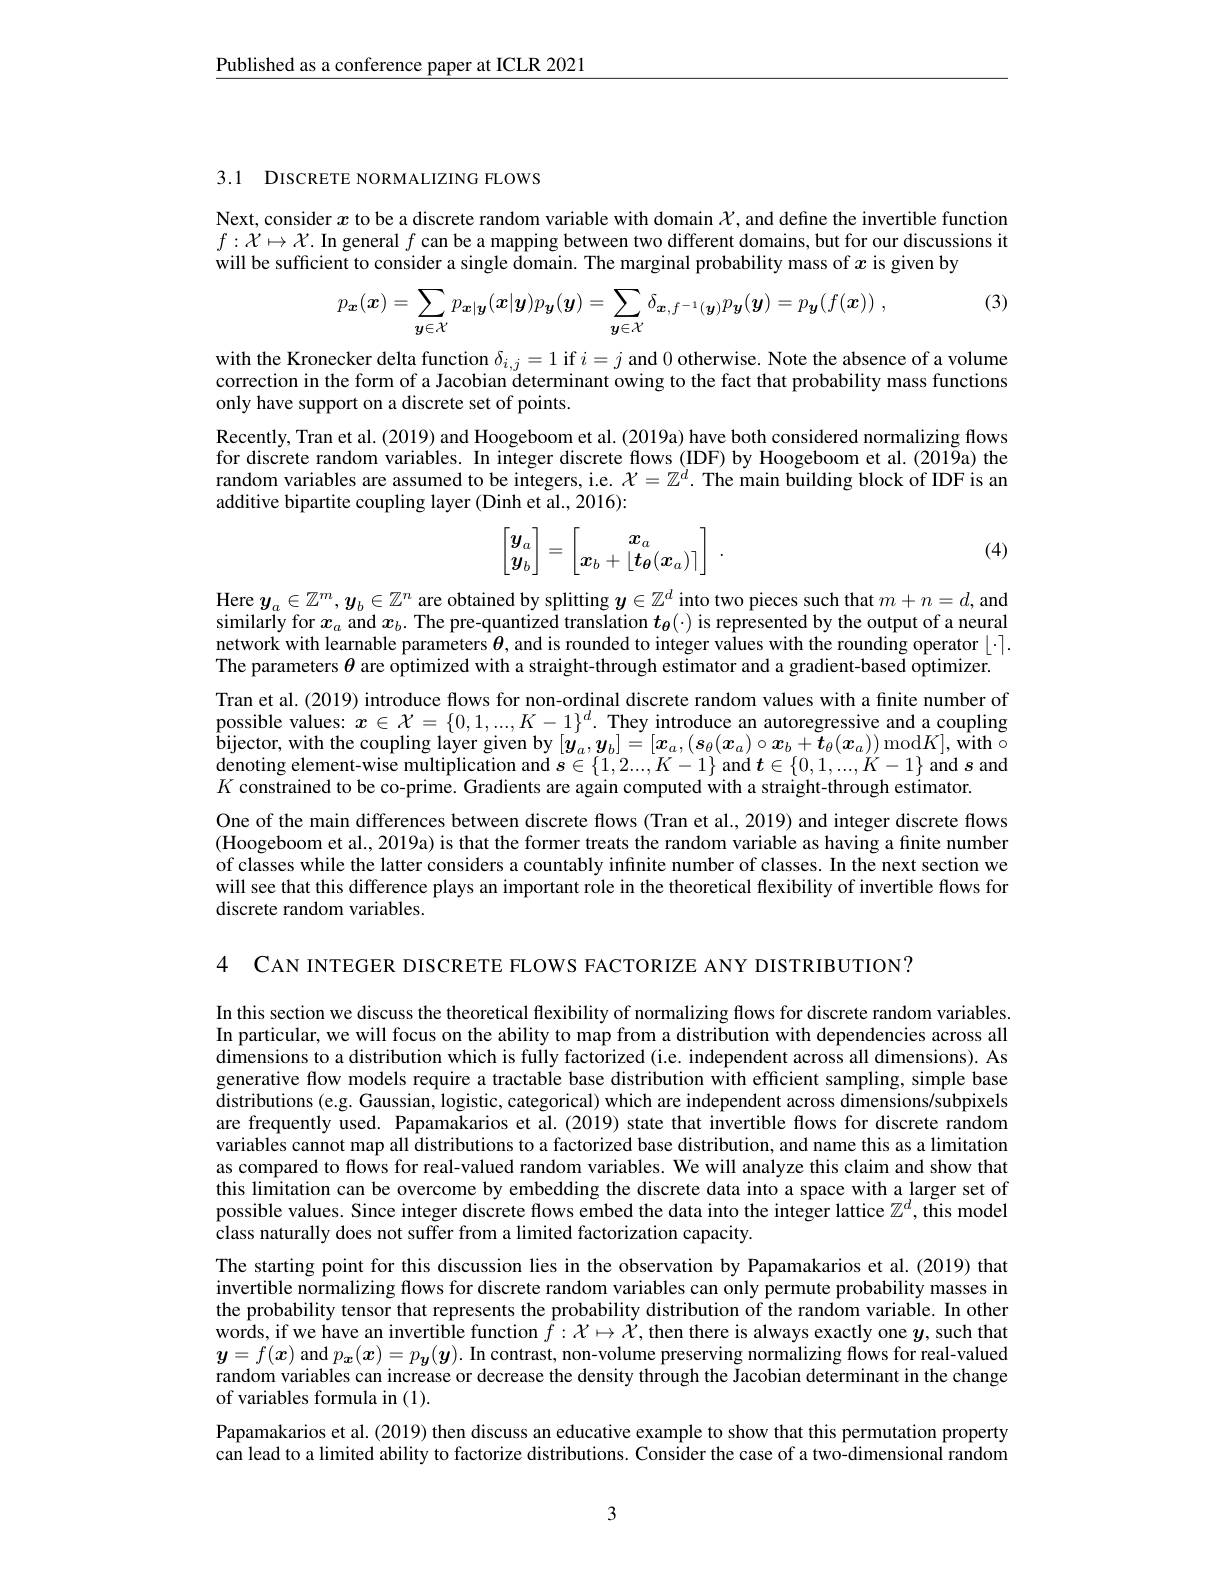
$\underline{\text{Published as a conference paper at ICLR 2021}}$

3.1 DISCRETE NORMALIZING FLOWS

Next, consider $x$ to be a discrete random variable with domain $\mathcal{X}$, and define the invertible function $f:\mathcal{X}\mapsto\mathcal{X}.$ In general $f$ can be a mapping between two different domains, but for our discussions it will be sufficient to consider a single domain. The marginal probability mass of $x$ is given by

(3)
$$p_{\boldsymbol{x}}(\boldsymbol{x})=\sum_{\boldsymbol{y}\in\mathcal{X}}p_{\boldsymbol{x}|\boldsymbol{y}}(\boldsymbol{x}|\boldsymbol{y})p_{\boldsymbol{y}}(\boldsymbol{y})=\sum_{\boldsymbol{y}\in\mathcal{X}}\delta_{\boldsymbol{x},f^{-1}(\boldsymbol{y})}p_{\boldsymbol{y}}(\boldsymbol{y})=p_{\boldsymbol{y}}(f(\boldsymbol{x}))\:,$$
with the Kronecker delta function $\delta_{i,j}=1$ if $i=j$ and 0 otherwise. Note the absence of a volume correction in the form of a Jacobian determinant owing to the fact that probability mass functions only have support on a discrete set of points.
Recently, Tran et al. (2019) and Hoogeboom et al. (2019a) have both considered normalizing flows for discrete random variables. In integer discrete flows (IDF) by Hoogeboom et al. (2019a) the random variables are assumed to be integers, i.e. $\mathcal{X}=\mathbb{Z}^d.$ The main building block of IDF is an additive bipartite coupling layer (Dinh et al., 2016):
$$\begin{bmatrix}y_a\\y_b\end{bmatrix}=\begin{bmatrix}x_a\\x_b+\lfloor t_{\boldsymbol{\theta}}(\boldsymbol{x}_a)\rceil\end{bmatrix}\:.$$
(4)

Here $y_a\in\mathbb{Z}^m,y_b\in\mathbb{Z}^n$ are obtained by splitting $y\in\mathbb{Z}^d$ into two pieces such that $m+n=d$, and similarly for $x_a$ and $x_b.$ The pre-quantized translation $t_{\boldsymbol{\theta}}(\cdot)$ is represented by the output of a neural network with learnable parameters $\theta$, and is rounded to integer values with the rounding operator $\lfloor\cdot\rceil.$ The parameters $\theta$ are optimized with a straight-through estimator and a gradient-based optimizer.
Tran et al. (2019) introduce flows for non-ordinal discrete random values with a finite number of possible values: $x\in\mathcal{X}=\{0,1,...,K-1\}^d.$ They introduce an autoregressive and a coupling $\begin{array}{l}\text{bijector, with the coupling layer given by }[\boldsymbol{y}_{a},\boldsymbol{y}_{b}]=[\boldsymbol{x}_{a},(\boldsymbol{s}_{\theta}(\boldsymbol{x}_{a})\circ\boldsymbol{x}_{b}+\tilde{\boldsymbol{t}}_{\theta}(\boldsymbol{x}_{a}))\mathrm{~mod}K],\tilde{\mathrm{with~}}\circ\\\text{denoting element-wise multiplication and }\boldsymbol{s}\in\{1,2....,K-1\}\mathrm{~and~}\boldsymbol{t}\in\{0,1,...,K-1\}\mathrm{~and~}\boldsymbol{s}\mathrm{~and}\end{array}$ $\operatorname*{denoting}$ element-wise multiplication and $s\in\{1,2...,K-1\}$ and $\boldsymbol{t}\in\{0,1,...,K-1\}$ and $\boldsymbol{s}$ and $K$ constrained to be co-prime. Gradients are again computed with a straight-through estimator.
One of the main differences between discrete flows (Tran et al., 2019) and integer discrete flows (Hoogeboom et al., 2019a) is that the former treats the random variable as having a finite number of classes while the latter considers a countably infnite number of classes. In the next section we will see that this difference plays an important role in the theoretical flexibility of invertible flows for discrete random variables.

4 CAN INTEGER DISCRETE FLOWS FACTORIZE ANY DISTRIBUTION?

In this section we discuss the theoretical flexibility of normalizing flows for discrete random variables. In particular, we will focus on the ability to map from a distribution with dependencies across all dimensions to a distribution which is fully factorized (i.e. independent across all dimensions). As generative flow models require a tractable base distribution with efficient sampling, simple base distributions (e.g. Gaussian, logistic, categorical) which are independent across dimensions/subpixels are frequently used. Papamakarios et al.(2019) state that invertible flows for discrete random variables cannot map all distributions to a factorized base distribution, and name this as a limitation as compared to flows for real-valued random variables. We will analyze this claim and show that this limitation can be overcome by embedding the discrete data into a space with a larger set of possible values. Since integer discrete flows embed the data into the integer lattice $\mathbb{Z}^d$, this model class naturally does not suffer from a limited factorization capacity.
The starting point for this discussion lies in the observation by Papamakarios et al. (2019) that invertible normalizing flows for discrete random variables can only permute probability masses in the probability tensor that represents the probability distribution of the random variable. In other words, if we have an invertible function $\bar{f}:\mathcal{X}\mapsto\mathcal{X}$,then there is always exactly one $y$, such that $\boldsymbol{y}=f(\boldsymbol{x})$ and $p_\boldsymbol{x}(\boldsymbol{x})=p_\boldsymbol{y}(\boldsymbol{y}).$ In contrast, non-volume preserving normalizing flows for real-valued random variables can increase or decrease the density through the Jacobian determinant in the change of variables formula in (1).
Papamakarios et al. (2019) then discuss an educative example to show that this permutation property

can lead to a limited ability to factorize distributions. Consider the case of a two-dimensional random

3